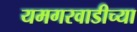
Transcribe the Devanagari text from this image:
यमगरवाडीच्या